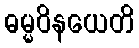
ဓမ္မဝိနယေတိ